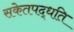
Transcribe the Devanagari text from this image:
सकेतपद्धति